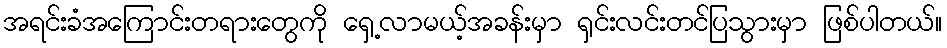
အရင်းခံအကြောင်းတရားတွေကို ရှေ့လာမယ့်အခန်းမှာ ရှင်းလင်းတင်ပြသွားမှာ ဖြစ်ပါတယ်။